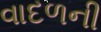
વાદળની